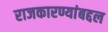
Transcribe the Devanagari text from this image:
राजकारण्यांबद्दल